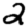
Digit: 2